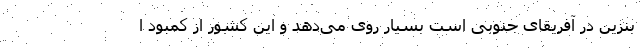
بنزین در آفریقای جنوبی است بسیار روی می‌دهد و این کشور از کمبود ا